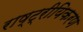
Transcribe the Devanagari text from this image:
राष्ट्रीयिकरण